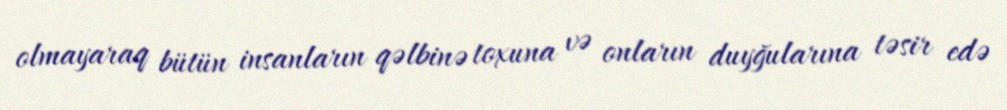
olmayaraq bütün insanların qəlbinə toxuna və onların duyğularına təsir edə